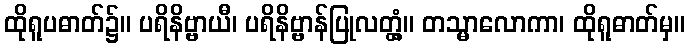
ထိုရူပဓာတ်၌။ ပရိနိဗ္ဗာယီ၊ ပရိနိဗ္ဗာန်ပြုလတ္တံ့။ တသ္မာလောကာ၊ ထိုရူဓာတ်မှ။